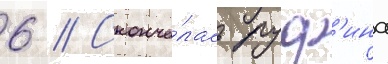
6 // Сконча́лась руф'ина